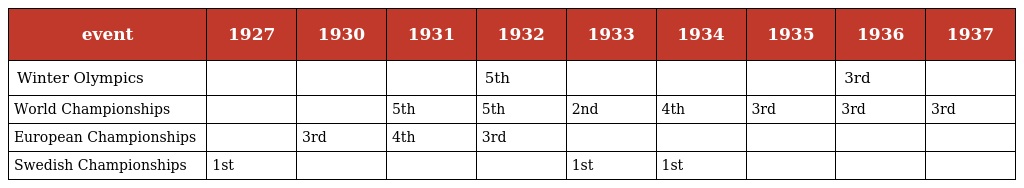
| event | 1927 | 1930 | 1931 | 1932 | 1933 | 1934 | 1935 | 1936 | 1937 |
 | --- | --- | --- | --- | --- | --- | --- | --- | --- | --- |
 | Winter Olympics |  |  |  | 5th |  |  |  | 3rd |  |
 | World Championships |  |  | 5th | 5th | 2nd | 4th | 3rd | 3rd | 3rd |
 | European Championships |  | 3rd | 4th | 3rd |  |  |  |  |  |
 | Swedish Championships | 1st |  |  |  | 1st | 1st |  |  |  |